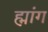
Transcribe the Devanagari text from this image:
ह्मांग